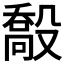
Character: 𣪽